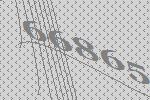
66865